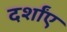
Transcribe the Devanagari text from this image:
दर्शांए